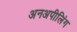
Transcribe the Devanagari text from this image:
अनअपीलिंग